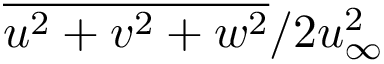
\overline { { u ^ { 2 } + v ^ { 2 } + w ^ { 2 } } } / 2 u _ { \infty } ^ { 2 }